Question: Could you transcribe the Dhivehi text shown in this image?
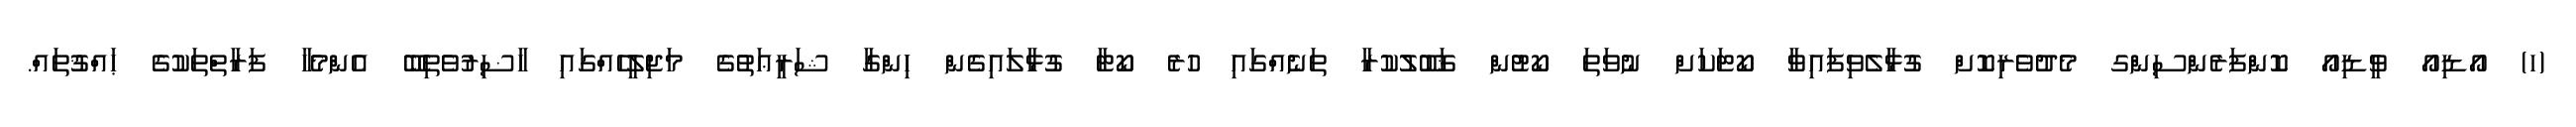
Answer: (ހ) އޯޑިއޯ ވީޑިއޯ ކޮންފަރެންސިންގ މެދުވެރިކޮށް ގުޅާލެވިފައިވާ ކޯޓަކަށް ނުވަތަ ކޯޓުން ޤަބޫލުކުރާ ތަނެއްގައި ހުރެ ކޯޓާ ގުޅާލައިގެން ހިންގާ ޝަރީޢަތުގެ މަޖިލީހެއްގައި ހާޟިރުވެތިބޭ އެންމެހާ ފަރާތްތަކުގެ ޙައްޤުތައް.